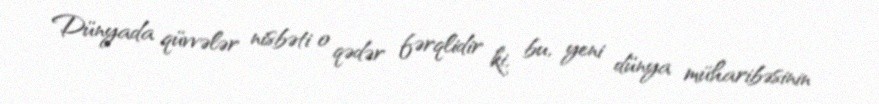
Dünyada qüvvələr nisbəti o qədər fərqlidir ki, bu, yeni dünya müharibəsinin